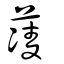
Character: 蓤